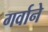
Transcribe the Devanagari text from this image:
गर्वाने